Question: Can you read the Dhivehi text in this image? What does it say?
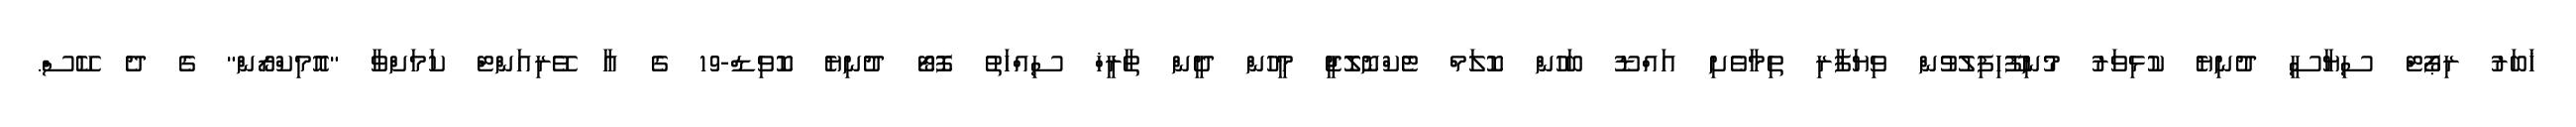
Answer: ޚަބަރު ރިޕޯޓް ސިޔާސީ ދުނިޔެ ކުޅިވަރު މުނިފޫހިފިލުވުން ވިޔަފާރި ތިމާވެށި އައްޑޫ ބަހުން ކޮލަމް ޓެކްނޮލޮޖީ މީހުން ދީން ތާރީޚް ސިއްހަތު ފޮޓޯ ދުނިޔެ ކޮވިޑް-19 ގެ އާ ވޭރިއަންޓް ކަމަށްވާ "އޮމިކްރޯން" ގެ ދެ ކޭސް.